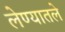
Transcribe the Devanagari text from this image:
लेण्यातले